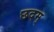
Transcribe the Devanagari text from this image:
छदम्